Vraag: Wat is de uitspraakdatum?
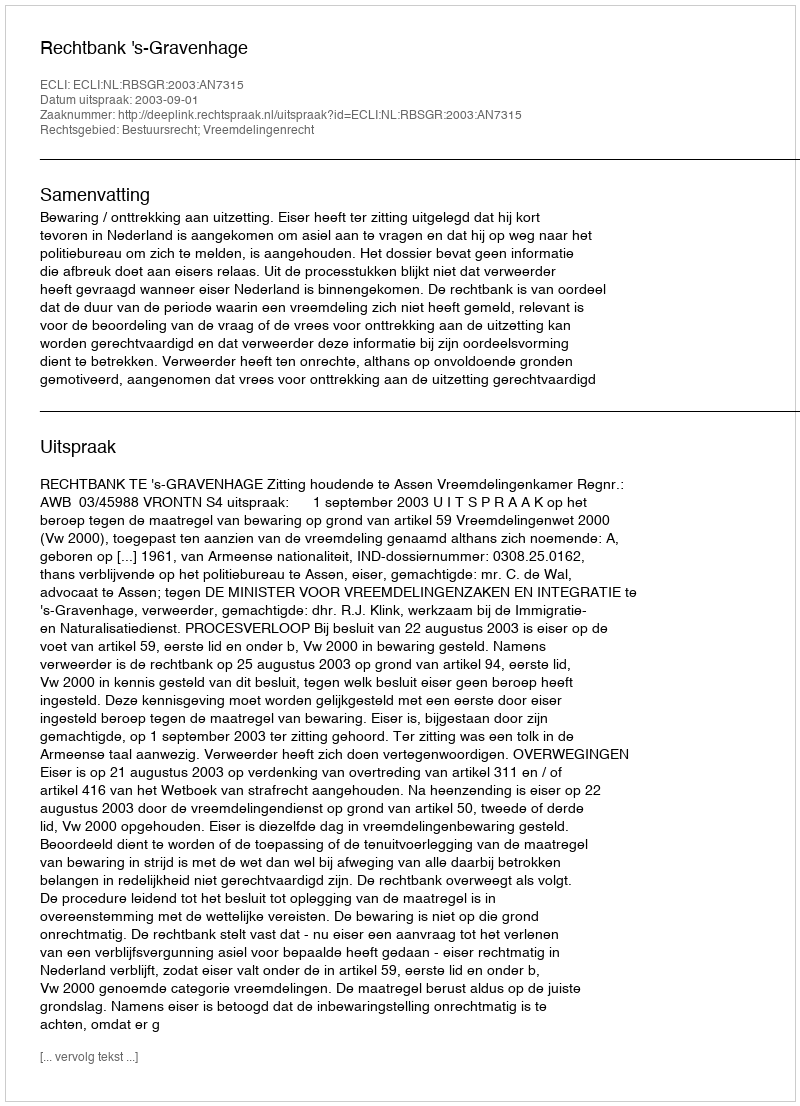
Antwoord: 2003-09-01